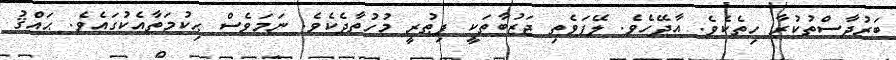
ބަރުދާސްތުކުރާ ހިތެކެވެ. އާދޭހެވެ. ލޭފަވެތި ޖަޒުބާތަކީ ފިޠުރީ މުހުތާދެކެވެ. ނަމަވެސް ޙިކުމަތާއެކުގައެވެ. ޙައްޤު